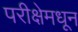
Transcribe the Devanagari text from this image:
परीक्षेमधून